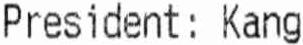
PRESIDENT : KANG